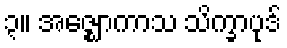
၃။ အဇ္ဈောကာသ သိက္ခာပုဒ်